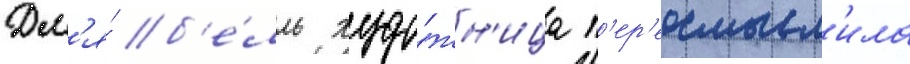
Дл'я́ б'е́лль худо́жн'ица п'ер'еосмысл'ила